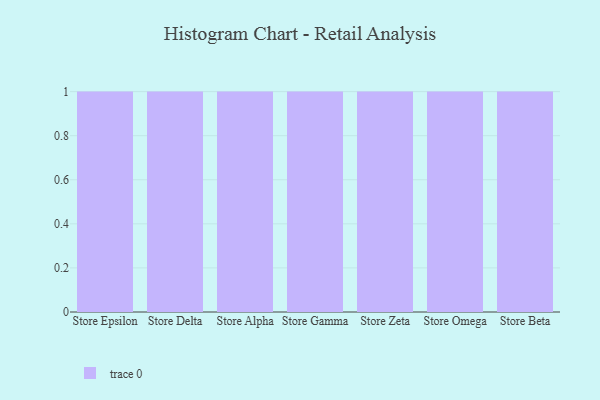
{"axis": {"x": "Store", "y": "Budget (USD K)"}, "legend": [""], "data": [{"x": "Store Epsilon", "y": 9, "type": ""}, {"x": "Store Delta", "y": 84, "type": ""}, {"x": "Store Alpha", "y": 42, "type": ""}, {"x": "Store Gamma", "y": 19, "type": ""}, {"x": "Store Zeta", "y": 86, "type": ""}, {"x": "Store Omega", "y": 3, "type": ""}, {"x": "Store Beta", "y": 12, "type": ""}]}